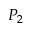
P _ { 2 }